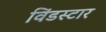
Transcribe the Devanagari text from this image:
विंडस्टार